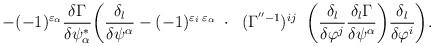
LaTeX: \begin{align*}-(-1)^{\varepsilon_\alpha} \frac{\delta\Gamma}{\delta\psi^*_\alpha}\bigg( \frac{\delta_l}{\delta\psi^\alpha} -(-1)^{\varepsilon_i\;\varepsilon_\alpha}\;\cdot\;\;(\Gamma^{''-1})^{ij}\;\; \bigg(\frac{\delta_l}{\delta\varphi^j} \frac{\delta_l\Gamma}{\delta\psi^\alpha}\bigg) \frac{\delta_l}{\delta\varphi^i}\bigg). \rule{1.5cm}{0cm}\end{align*}